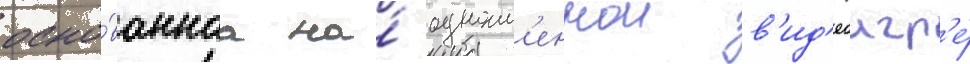
осно́ваннаа на́ одноим'еннои в'ид'еоигр'е́